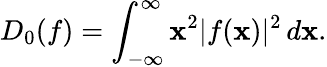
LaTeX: D_{0}(f)=\int_{-\infty}^{\infty}\mathbf{x}^{2}|f(\mathbf{x})|^{2}\, d\mathbf{x}.